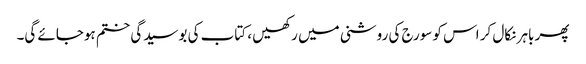
پھر باہر نکال کر اس کو سورج کی روشنی میں رکھیں ، کتاب کی بوسیدگی ختم ہوجائے گی۔